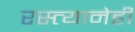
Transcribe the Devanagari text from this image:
रस्त्यानेही